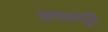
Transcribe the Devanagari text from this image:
प्राणायाममुळे